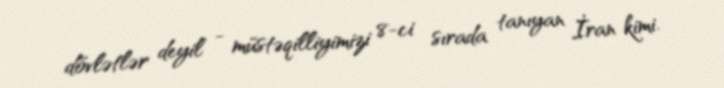
dövlətlər deyil - müstəqilliyimizi 8-ci sırada tanıyan İran kimi.